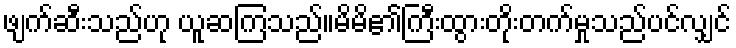
ဖျက်ဆီးသည်ဟု ယူဆကြသည်။မိမိ၏ကြီးထွားတိုးတက်မှုသည်ပင်လျှင်